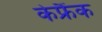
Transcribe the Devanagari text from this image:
केफ्रैंक